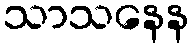
သာသနေန